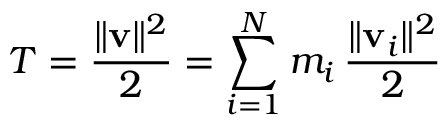
T = { \frac { \Vert \mathbf { v } \Vert ^ { 2 } } { 2 } } = \sum _ { i = 1 } ^ { N } m _ { i } \, { \frac { \Vert \mathbf { v } _ { i } \Vert ^ { 2 } } { 2 } }